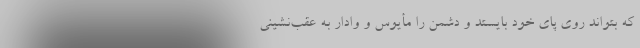
که بتواند روی پای خود بایستد و دشمن را مأیوس و وادار به عقب‌نشینی